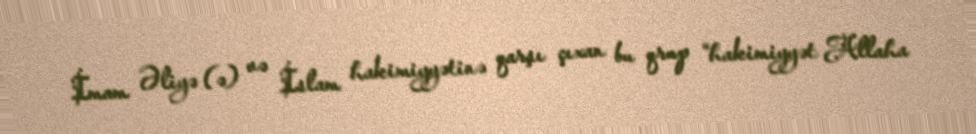
İmam Əliyə (ə) və İslam hakimiyyətinə qarşı çıxan bu qrup “hakimiyyət Allaha